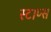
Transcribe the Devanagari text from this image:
स्टाप्स